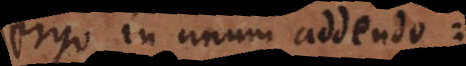
Ergo in unum addendo: